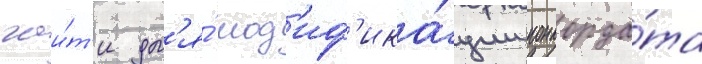
гаи́т'и дл'я́ мод'иф'ика́ции конкорда́та